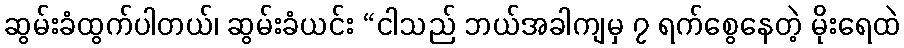
ဆွမ်းခံထွက်ပါတယ်၊ ဆွမ်းခံယင်း “ငါသည် ဘယ်အခါကျမှ ၇ ရက်စွေနေတဲ့ မိုးရေထဲ